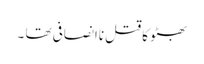
بھٹو کا قتل ناانصافی تھا ۔